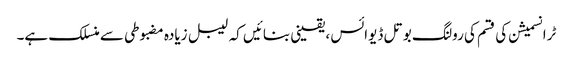
ٹرانسمیشن کی قسم کی رولنگ بوتل ڈیوائس ، یقینی بنائیں کہ لیبل زیادہ مضبوطی سے منسلک ہے۔